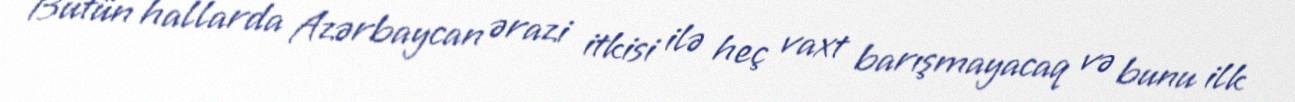
Bütün hallarda Azərbaycan ərazi itkisi ilə heç vaxt barışmayacaq və bunu ilk